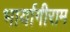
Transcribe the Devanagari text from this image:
भार्यागीराम